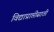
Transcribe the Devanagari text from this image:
विद्याप्राप्तीसाठी